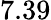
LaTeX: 7.39